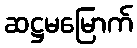
ဆဋ္ဌမမြောက်